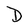
Character: D